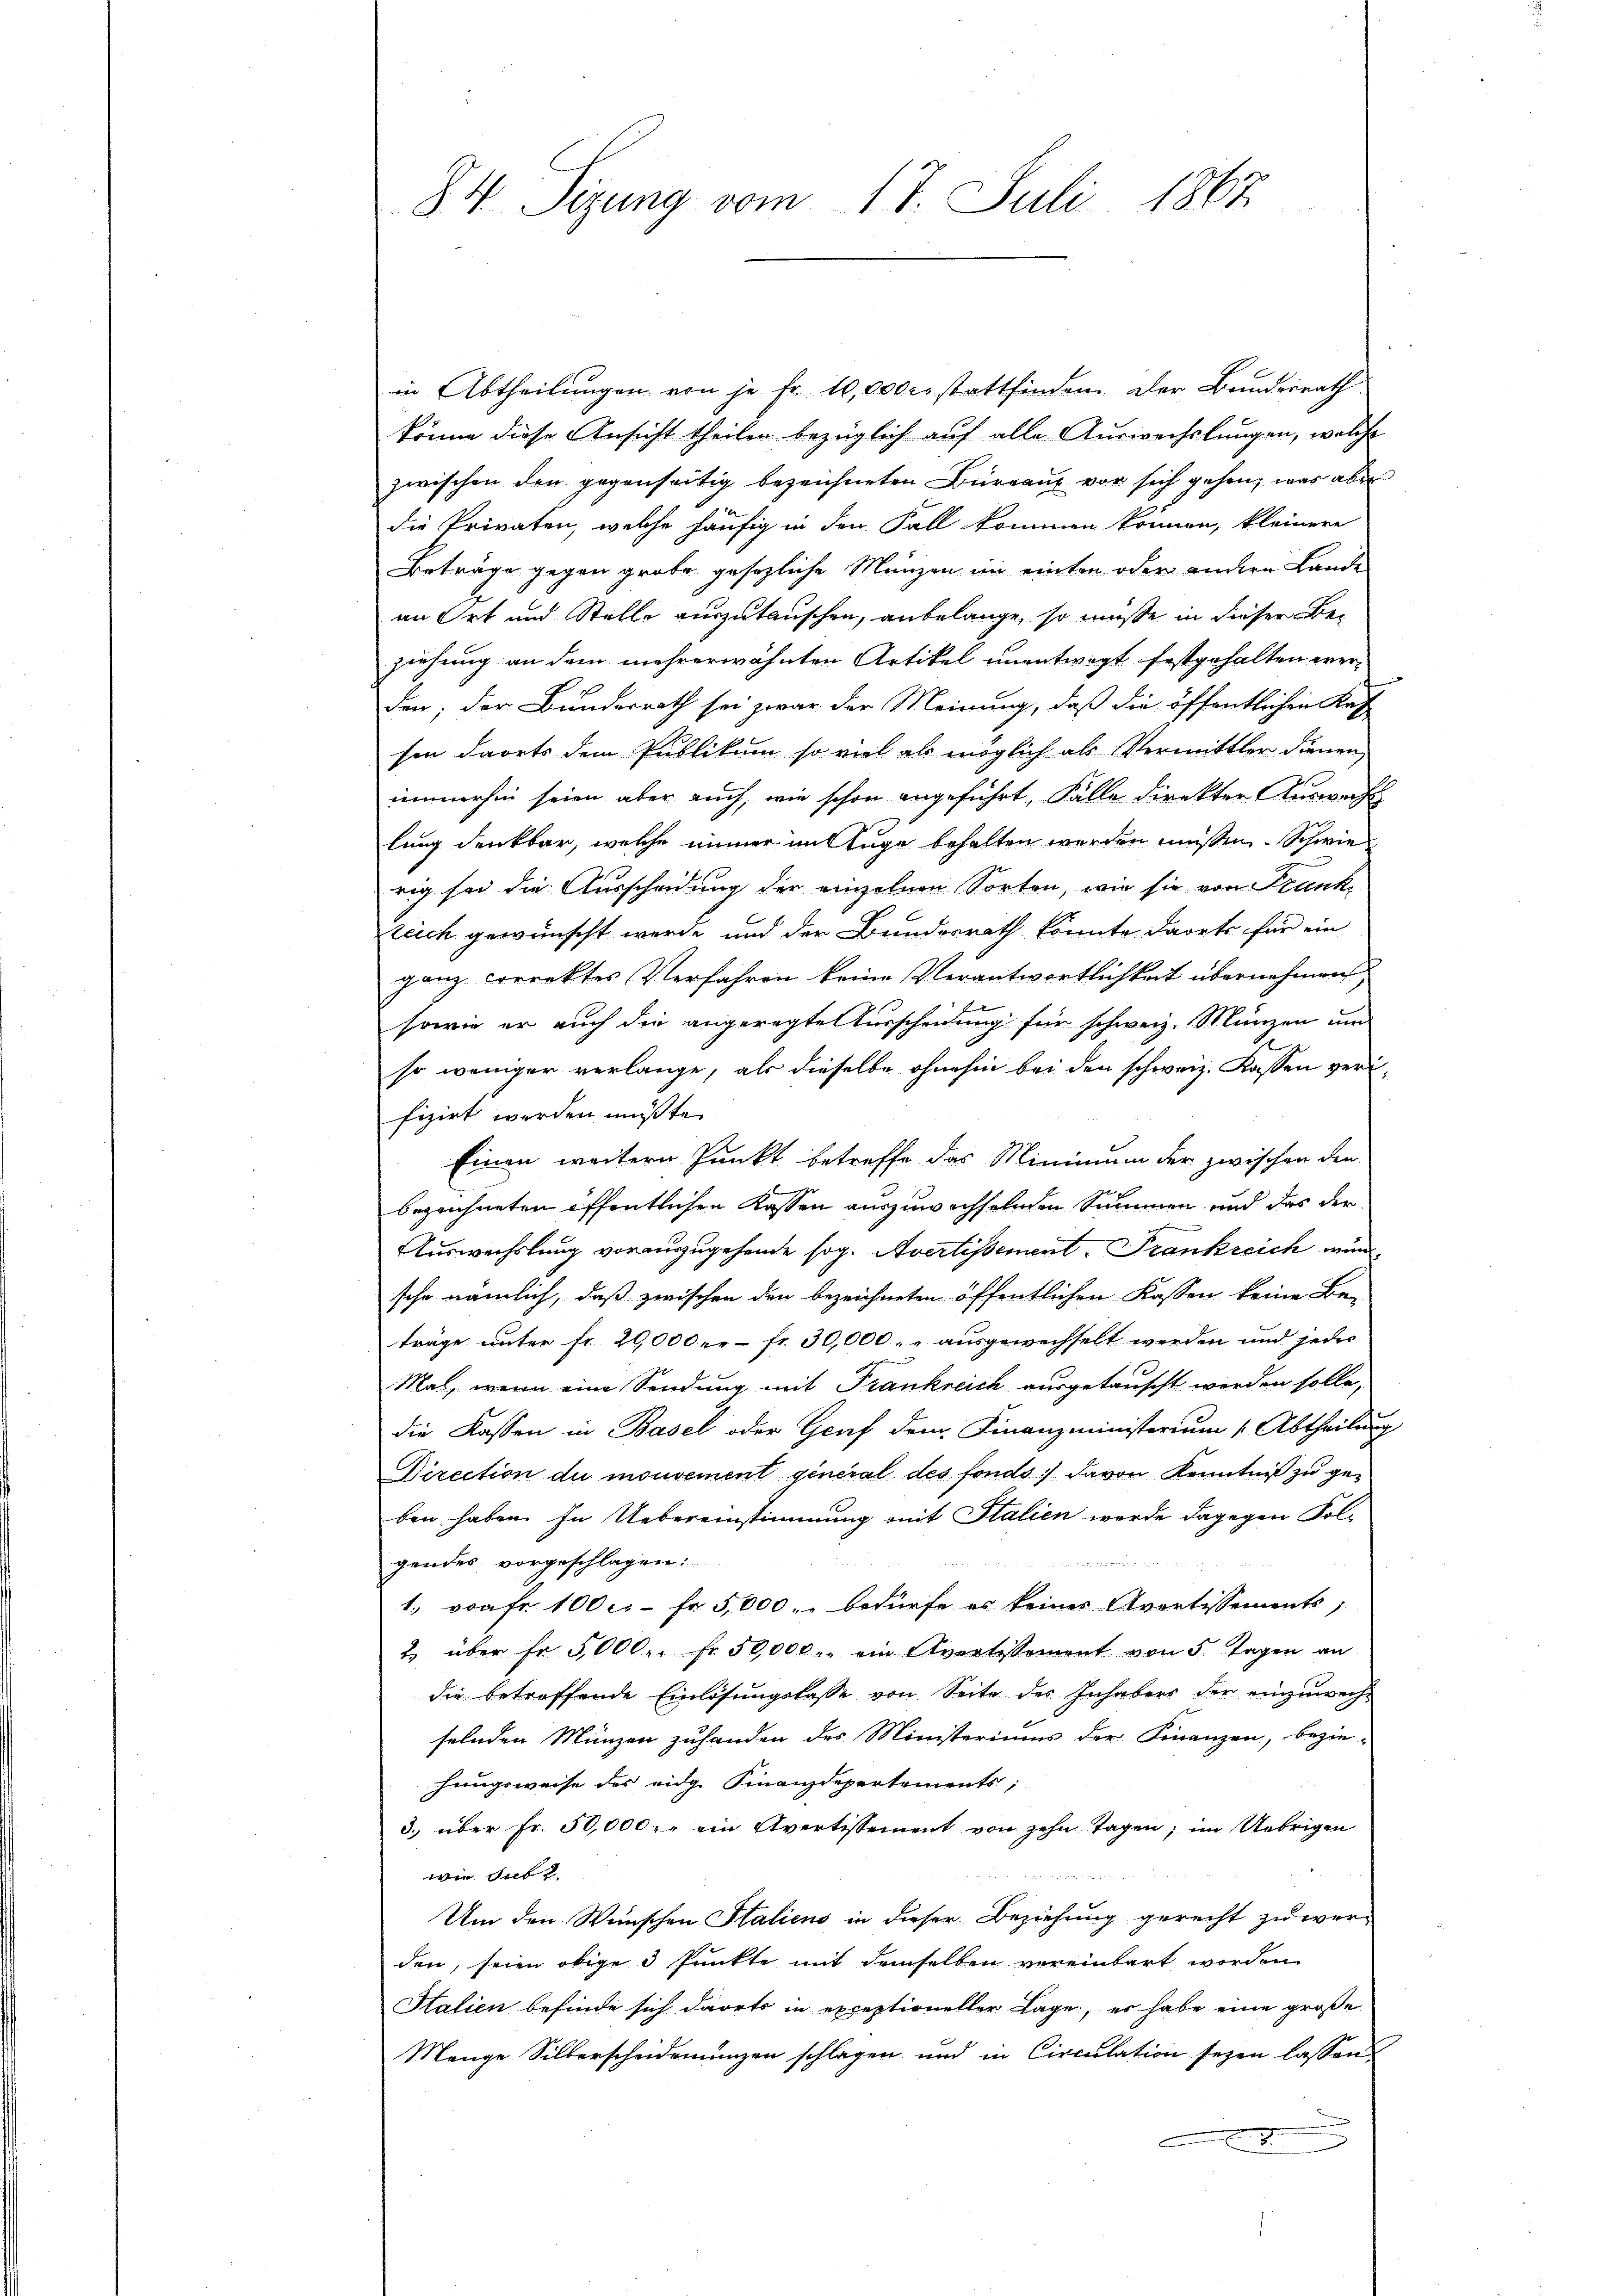
84 Sizung vom 17. Juli 1867

in Abtheilungen von je fr. 10,000 c. stattfinden. Der Bundesrath
könne diese Ansicht theilen bezüglich auf alle Auswechslungen, welche
zwischen den gegenseitig bezeichneten Büreau vor sich gehen, was aber
die Privaten, welche häufig in den Fall kommen können, kleinere
Beträge gegen grobe gesezliche Münzen im einten oder andere Lande
an Ort und Stelle auszutauschen, anbelange, so müsse in dieser Beziehung an dem mehrerwähnten Artikel unentwort festgehalten werden; der Bundesrath sei zwar der Meinung, daß die öffentlichen Kas
sen dorts dem Publikum so viel als möglich als Vermittler dienen,
immerhin seien aber auch, wie schon angeführt, Fälle direkter Auswacht
lung denkbar, welche immer im Auge behalten werden müssen. Schwie
rig sei die Ausscheidung der einzelnen Sorten, wie sie von Frank
zeich gewünscht werde und der Bundesrath könnte darets für ein
ganz correktes Verfahren keine Verantwortlichkeit übernehmens
sowie er auch die angeregte Kürscheidung für schweiz. Münzen um
so weniger verlange, als dieselbe ohnehin bei den schweiz. Kassen verfizirt werden musste.
Einen weitern Punkt betreffe das Minimum der zwischen den
bezeichneten öffentlichen Kassen auszuwachselnden Summen und das der
Auswechslung vorauszugehende sog. Avertissement. Frankreich wurd
sche nämlich, daß zwischen den bezeichneten öffentlichen Kassen keine Be-
träge unter fr. 20,000 c. fr. 30,000, „ausgewechselt werden und jedes
Mai, wenn eine Sendung mit Frankreich ausgetauscht werden solle,
die Kassen in Basel oder Graf dem Finanzministerium (Abtheilung
Direction du mouvement general des fonds davon Kenntniß zu geben haben. In Uebereinstimmung mit Italien werde dagegen Folgendes vorgeschlagen:

1. von fr. 100 c. fr. 5,000.- bedürfe es keines Avortissements,
2 über fr. 5000. fr. 50,000 r. ein Avertissement von 5 Tagen an
die betreffende Einlösungslasse von Seite des Inhabers der einzuwech-
selnden Münzen zuhanden des Ministeriums der Finanzen, bezie-
hungsweise des eidge Finanzdepartements;
3. über fr. 50,000. ein Avertissement von zehn Tagen; im Uebrigen
wie sub 2
Um den Wünschen Staliens in dieser Beziehung gerecht zu werden, seien obige 3 Punkte mit demselben vereinbart worden
Halien befinde sich darts in exceptioneller Lage, es habe eine große
Menge Silberscheidenunzen schlagen und in Circulation seyen lassen,
.